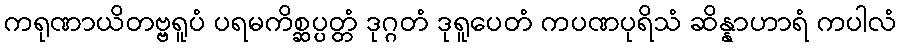
ကရုဏာယိတဗ္ဗရူပံ ပရမကိစ္ဆပ္ပတ္တံ ဒုဂ္ဂတံ ဒုရူပေတံ ကပဏပုရိသံ ဆိန္နာဟာရံ ကပါလံ